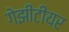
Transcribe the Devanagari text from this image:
गेझीटीयर